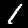
Label: 1